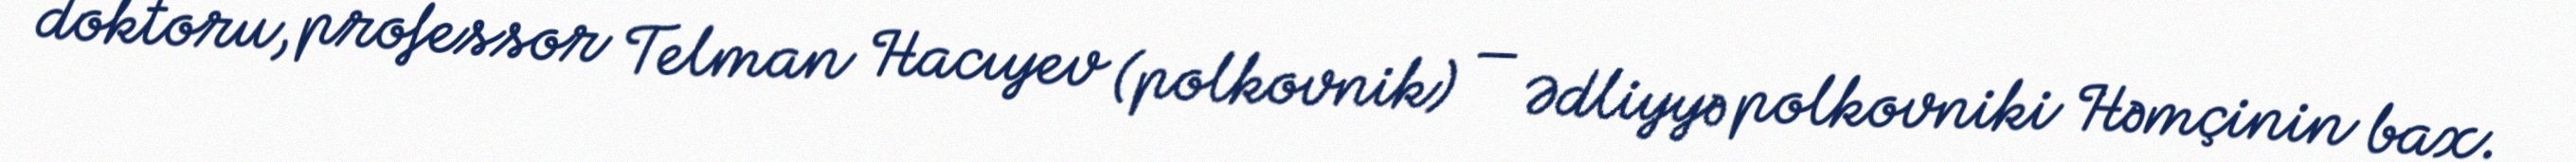
doktoru, professor Telman Hacıyev (polkovnik) — Ədliyyə polkovniki Həmçinin bax.